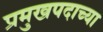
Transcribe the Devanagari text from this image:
प्रमुखपदाच्या